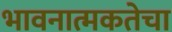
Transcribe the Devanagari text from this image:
भावनात्मकतेचा